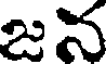
జన